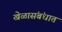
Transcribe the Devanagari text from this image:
खेळासंबंधात